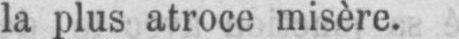
la plus atroce misère.